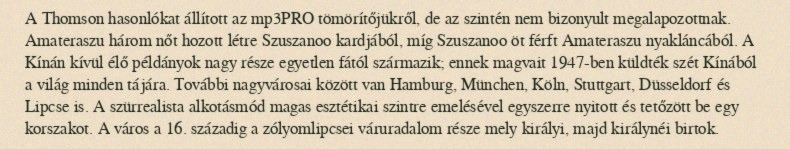
A Thomson hasonlókat állított az mp3PRO tömörítőjükről, de az szintén nem bizonyult megalapozottnak. Amateraszu három nőt hozott létre Szuszanoo kardjából, míg Szuszanoo öt férft Amateraszu nyakláncából. A Kínán kívül élő példányok nagy része egyetlen fától származik; ennek magvait 1947-ben küldték szét Kínából a világ minden tájára. További nagyvárosai között van Hamburg, München, Köln, Stuttgart, Düsseldorf és Lipcse is. A szürrealista alkotásmód magas esztétikai szintre emelésével egyszerre nyitott és tetőzött be egy korszakot. A város a 16. századig a zólyomlipcsei váruradalom része mely királyi, majd királynéi birtok.